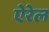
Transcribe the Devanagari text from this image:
ऐरेल